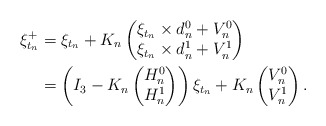
\begin{align*}\xi_{t_n}^+& = \xi_{t_n}+ K_n \begin{pmatrix} \xi_{t_n}\times d^0_n + V_n^0\\\xi_{t_n}\times d^1_n + V_n^1 \end{pmatrix} \\ & = \left( I_3-K_n \begin{pmatrix} H_n^0 \\ H_n^1 \end{pmatrix} \right) \xi_{t_n} +K_n \begin{pmatrix} V_n^0 \\ V_n^1 \end{pmatrix}.\end{align*}